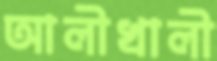
আলীখালী